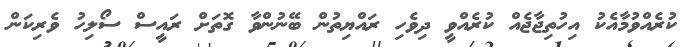
ކުރެއްވުމާއެކު އިހުތިޖާޖެއް ކުރެއްވީ ދިވެހި ރައްޔިތުން ބޭނުންވާ ގޮތަށް ރައީސް ސޯލިހު ވެރިކަން